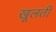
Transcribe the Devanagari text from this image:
खूलती